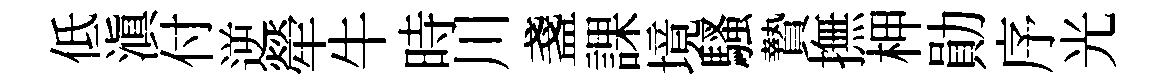
低滇付逆犖牛時川盞課境騷贄撫柙勛序光